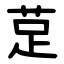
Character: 莡